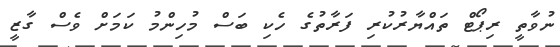
ނުވާތީ ރިޕޯޓް ތައްޔާރުކުރި ފަރާތުގެ ހެކި ބަސް މުހިންމު ކަމަށް ވެސް ގާޒީ